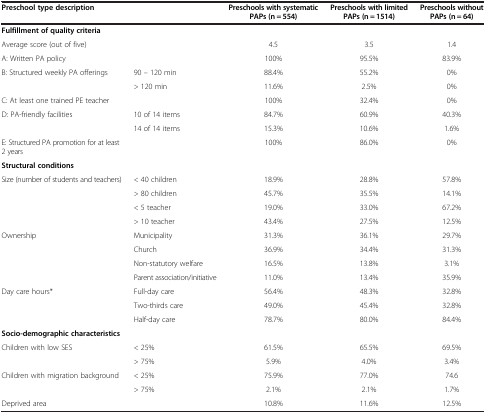
<table><thead><tr><td><b>Preschool type description</b></td><td><b> </b></td><td><b>Preschools with systematic</b></td><td><b>Preschools with limited</b></td><td><b>Preschools without</b></td></tr><tr><td><b> </b></td><td><b> </b></td><td><b>PAPs (n = 554)</b></td><td><b>PAPs (n = 1514)</b></td><td><b>PAPs (n = 64)</b></td></tr></thead><tbody><tr><td colspan="2"><b>Fulfillment of quality criteria</b></td><td> </td><td> </td><td> </td></tr><tr><td>Average score (out of five)</td><td> </td><td>4.5</td><td>3.5</td><td>1.4</td></tr><tr><td>A: Written PA policy</td><td> </td><td>100%</td><td>95.5%</td><td>83.9%</td></tr><tr><td rowspan="2">B: Structured weekly PA offerings</td><td>90 – 120 min</td><td>88.4%</td><td>55.2%</td><td>0%</td></tr><tr><td>&gt; 120 min</td><td>11.6%</td><td>2.5%</td><td>0%</td></tr><tr><td>C: At least one trained PE teacher</td><td> </td><td>100%</td><td>32.4%</td><td>0%</td></tr><tr><td rowspan="2">D: PA-friendly facilities</td><td>10 of 14 items</td><td>84.7%</td><td>60.9%</td><td>40.3%</td></tr><tr><td>14 of 14 items</td><td>15.3%</td><td>10.6%</td><td>1.6%</td></tr><tr><td>E: Structured PA promotion for at least 2 years</td><td> </td><td>100%</td><td>86.0%</td><td>0%</td></tr><tr><td colspan="3"><b>Structural conditions</b></td><td> </td><td> </td></tr><tr><td rowspan="2">Size (number of students and teachers)</td><td>&lt; 40 children</td><td>18.9%</td><td>28.8%</td><td>57.8%</td></tr><tr><td>&gt; 80 children</td><td>45.7%</td><td>35.5%</td><td>14.1%</td></tr><tr><td> </td><td>&lt; 5 teacher</td><td>19.0%</td><td>33.0%</td><td>67.2%</td></tr><tr><td> </td><td>&gt; 10 teacher</td><td>43.4%</td><td>27.5%</td><td>12.5%</td></tr><tr><td>Ownership</td><td>Municipality</td><td>31.3%</td><td>36.1%</td><td>29.7%</td></tr><tr><td> </td><td>Church</td><td>36.9%</td><td>34.4%</td><td>31.3%</td></tr><tr><td> </td><td>Non-statutory welfare</td><td>16.5%</td><td>13.8%</td><td>3.1%</td></tr><tr><td> </td><td>Parent association/initiative</td><td>11.0%</td><td>13.4%</td><td>35.9%</td></tr><tr><td>Day care hours*</td><td>Full-day care</td><td>56.4%</td><td>48.3%</td><td>32.8%</td></tr><tr><td> </td><td>Two-thirds care</td><td>49.0%</td><td>45.4%</td><td>32.8%</td></tr><tr><td> </td><td>Half-day care</td><td>78.7%</td><td>80.0%</td><td>84.4%</td></tr><tr><td colspan="3"><b>Socio-demographic characteristics</b></td><td> </td><td> </td></tr><tr><td rowspan="2">Children with low SES</td><td>&lt; 25%</td><td>61.5%</td><td>65.5%</td><td>69.5%</td></tr><tr><td>&gt; 75%</td><td>5.9%</td><td>4.0%</td><td>3.4%</td></tr><tr><td rowspan="2">Children with migration background</td><td>&lt; 25%</td><td>75.9%</td><td>77.0%</td><td>74.6</td></tr><tr><td>&gt; 75%</td><td>2.1%</td><td>2.1%</td><td>1.7%</td></tr><tr><td>Deprived area</td><td> </td><td>10.8%</td><td>11.6%</td><td>12.5%</td></tr></tbody></table>